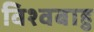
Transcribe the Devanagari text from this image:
विश्वबाहु